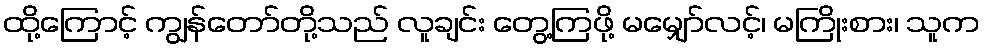
ထို့ကြောင့် ကျွန်တော်တို့သည် လူချင်း တွေ့ကြဖို့ မမျှော်လင့်၊ မကြိုးစား၊ သူက